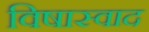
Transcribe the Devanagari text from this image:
विषास्वाद